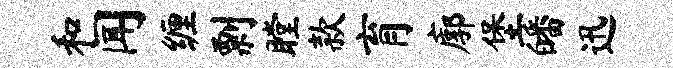
和闻缠剽瞠款育廓堡皤迅